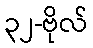
၃၂-ဗိုလ်